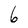
Character: 6